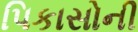
પિકાસોની